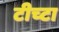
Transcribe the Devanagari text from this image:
टीच्टा